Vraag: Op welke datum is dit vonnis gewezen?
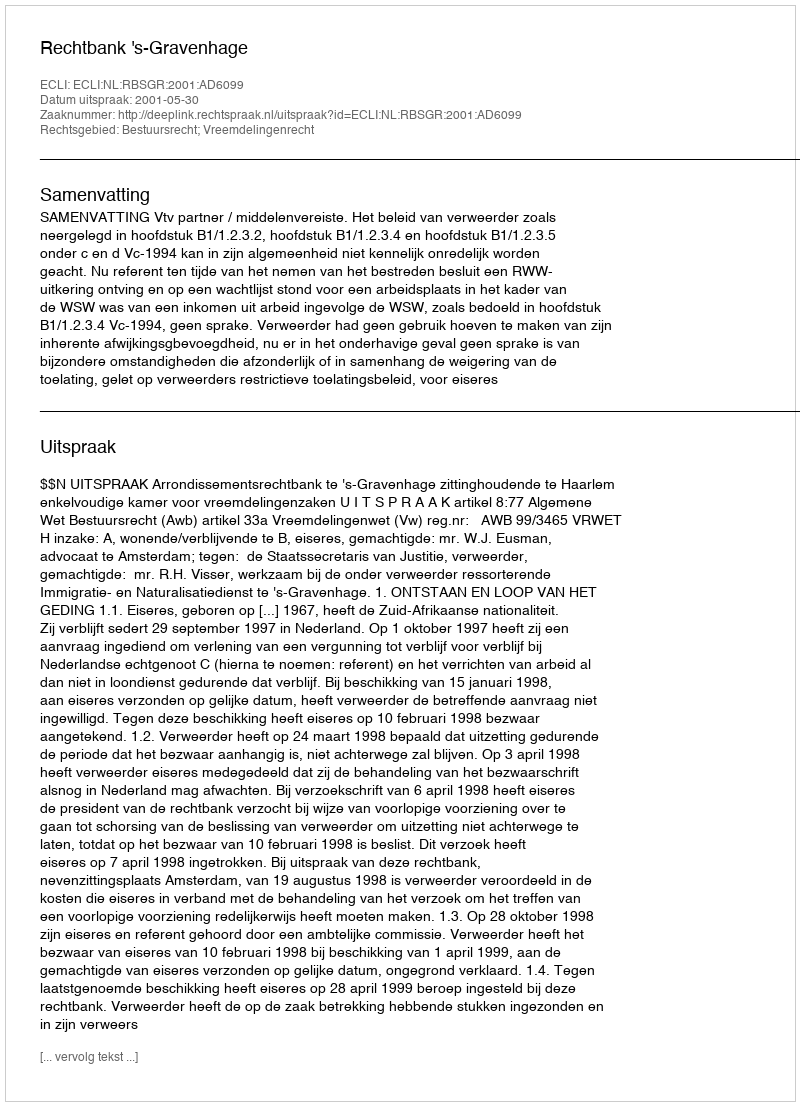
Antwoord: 2001-05-30